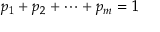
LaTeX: p _ { 1 } + p _ { 2 } + \cdots + p _ { m } = 1